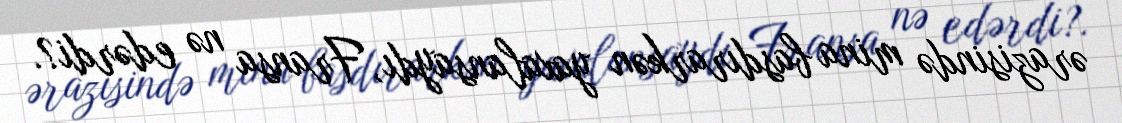
ərazisində mina basdırarkən yaxalansaydı, Fransa nə edərdi?.